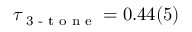
\tau _ { \textrm { 3 - t o n e } } = 0 . 4 4 ( 5 )